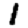
Digit: 1